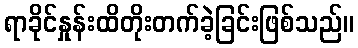
ရာခိုင်နှုန်းထိတိုးတက်ခဲ့ခြင်းဖြစ်သည်။